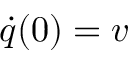
\dot { q } ( 0 ) = v